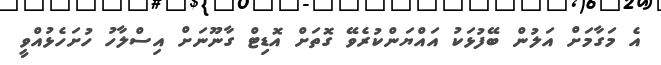
އެ މަގާމަށް އަލުން ބޭފުޅަކު އައްޔަންކުރެވޭ ގޮތަށް އޮޑިޓް ގާނޫނަށް އިސްލާހު ހުށަހެޅުއްވީ